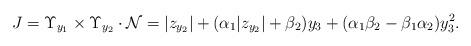
LaTeX: \begin{align*}J=\Upsilon_{y_{1}}\times\Upsilon_{y_{2}}\cdot\mathcal{N}=|z_{y_{2}}|+(\alpha_{1}|z_{y_{2}}|+\beta_{2})y_{3}+(\alpha_{1}\beta_{2}-\beta_{1}\alpha_{2})y_{3}^2.\end{align*}